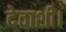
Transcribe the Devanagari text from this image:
देवाशी।